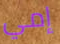
إمي